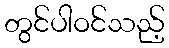
တွင်ပါဝင်သည့်